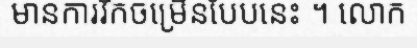
មានការរីកចម្រើនបែបនេះ ។ លោក